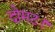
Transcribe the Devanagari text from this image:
दोमट।